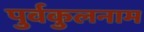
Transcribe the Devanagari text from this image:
पुर्वकुलनाम